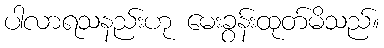
ပါလာရသနည်းဟု မေးခွန်းထုတ်မိသည်။